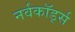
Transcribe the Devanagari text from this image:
नर्वकॉर्ड्स